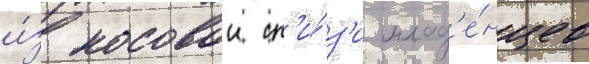
и́з носовои сл'и́з'и млад'е́нцев